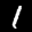
Label: 1